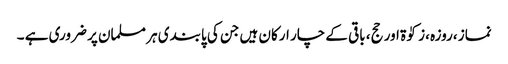
نماز ،روزہ ،زکوٰۃ اور حج، باقی کے چار ارکان ہیں جن کی پابندی ہر مسلمان پر ضروری ہے ۔